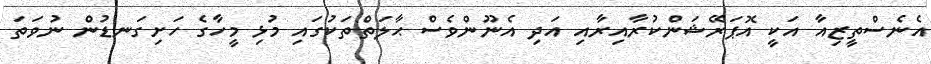
އެނެސްތީޒިއާ އަކީ އޮޕަރޭޝަންކުރާއިރާއި އަދި އެނޫންވެސް ޙާލަތްތަކުގައި މުޅި މީހާގެ ހަށިގަނޑުން ނުވަތަ